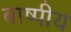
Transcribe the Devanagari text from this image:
बाष्पीय